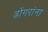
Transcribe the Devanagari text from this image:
डोंगरांना